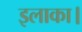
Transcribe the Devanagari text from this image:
इलाका।